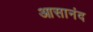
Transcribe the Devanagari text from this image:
आसानंद